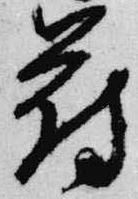
府